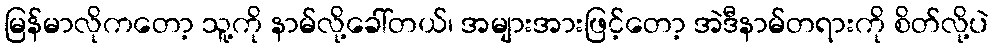
မြန်မာလိုကတော့ သူ့ကို နာမ်လို့ခေါ်တယ်၊ အများအားဖြင့်တော့ အဲဒီနာမ်တရားကို စိတ်လို့ပဲ